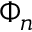
\Phi _ { n }